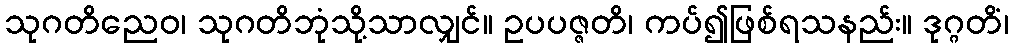
သုဂတိညေဝ၊ သုဂတိဘုံသို့သာလျှင်။ ဥပပဇ္ဇတိ၊ ကပ်၍ဖြစ်ရသနည်း။ ဒုဂ္ဂတိံ၊